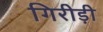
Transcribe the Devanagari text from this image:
गिरीड़ी